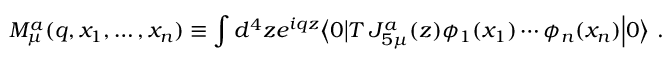
M _ { \mu } ^ { a } ( q , x _ { 1 } , \ldots , x _ { n } ) \equiv \int d ^ { 4 } z e ^ { i q z } \bigl \langle 0 \bigl \vert T \, J _ { 5 \mu } ^ { a } ( z ) \phi _ { 1 } ( x _ { 1 } ) \cdots \phi _ { n } ( x _ { n } ) \Bigr \vert 0 \bigr \rangle \ .